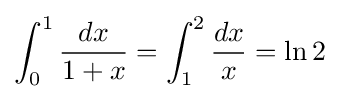
\int _{0}^{1}{\frac {dx}{1+x}}=\int _{1}^{2}{\frac {dx}{x}}=\ln 2